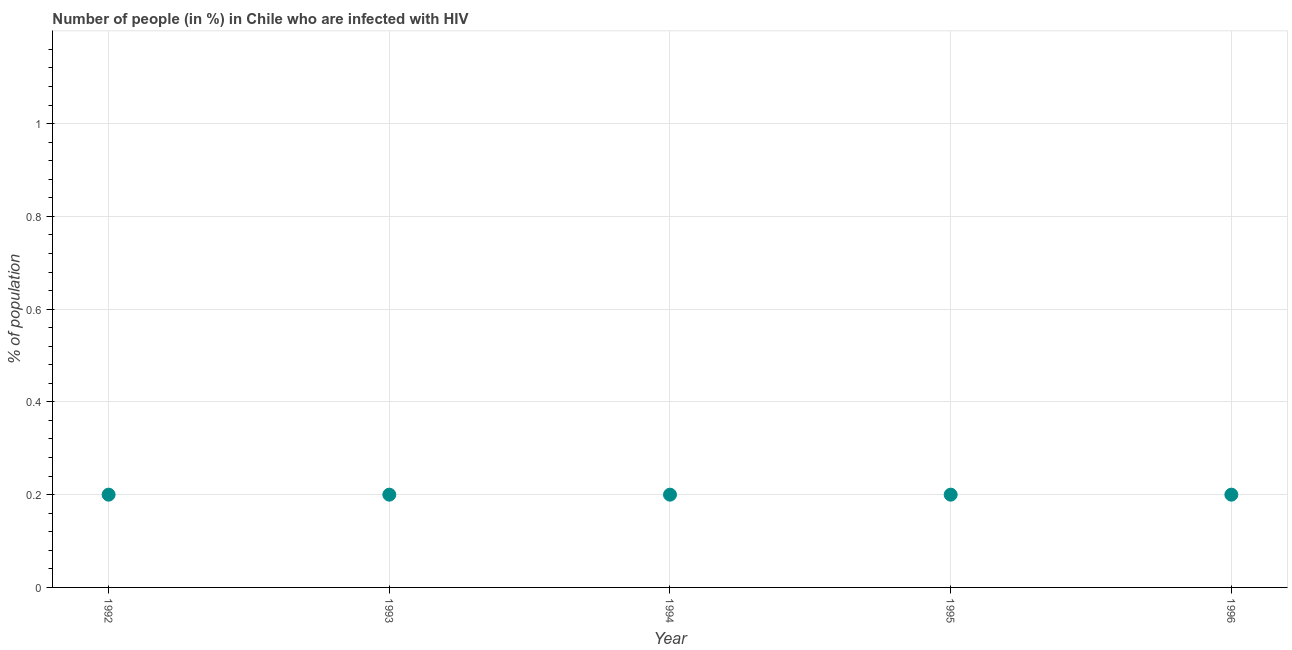
| Year | Infected with HIV |
 | --- | --- |
 | 1992 | 0.2 |
 | 1993 | 0.2 |
 | 1994 | 0.2 |
 | 1995 | 0.2 |
 | 1996 | 0.2 |